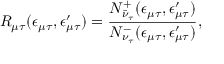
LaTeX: R _ { \mu \tau } ( \epsilon _ { \mu \tau } , \epsilon _ { \mu \tau } ^ { \prime } ) = \frac { N _ { \bar { \nu } _ { \tau } } ^ { + } ( \epsilon _ { \mu \tau } , \epsilon _ { \mu \tau } ^ { \prime } ) } { N _ { \nu _ { \tau } } ^ { - } ( \epsilon _ { \mu \tau } , \epsilon _ { \mu \tau } ^ { \prime } ) } ,